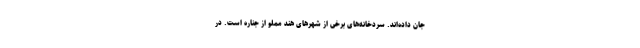
جان داده‌اند. سردخانه‌های برخی از شهرهای هند مملو از جناره است. در